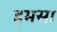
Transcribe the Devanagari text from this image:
हमसा